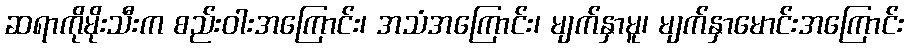
ဆရာကိုမိုးသီးက စည်းဝါးအကြောင်း၊ အသံအကြောင်း၊ မျက်နှာမူ၊ မျက်နှာမောင်းအကြောင်း